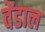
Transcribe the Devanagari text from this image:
वेंडाल